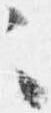
々